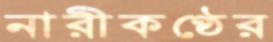
নারীকণ্ঠের